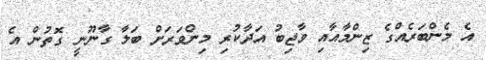
އެ މެންބަރެއްގެ ޒިންމާއާއި ވާޖިބު އަދާކުރި މިންވަރަށް ބަލާ ގާނޫނީ ގޮތުން އެ